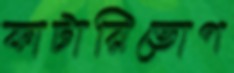
কাটারিভোগ